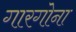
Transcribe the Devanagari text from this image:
गारगोना